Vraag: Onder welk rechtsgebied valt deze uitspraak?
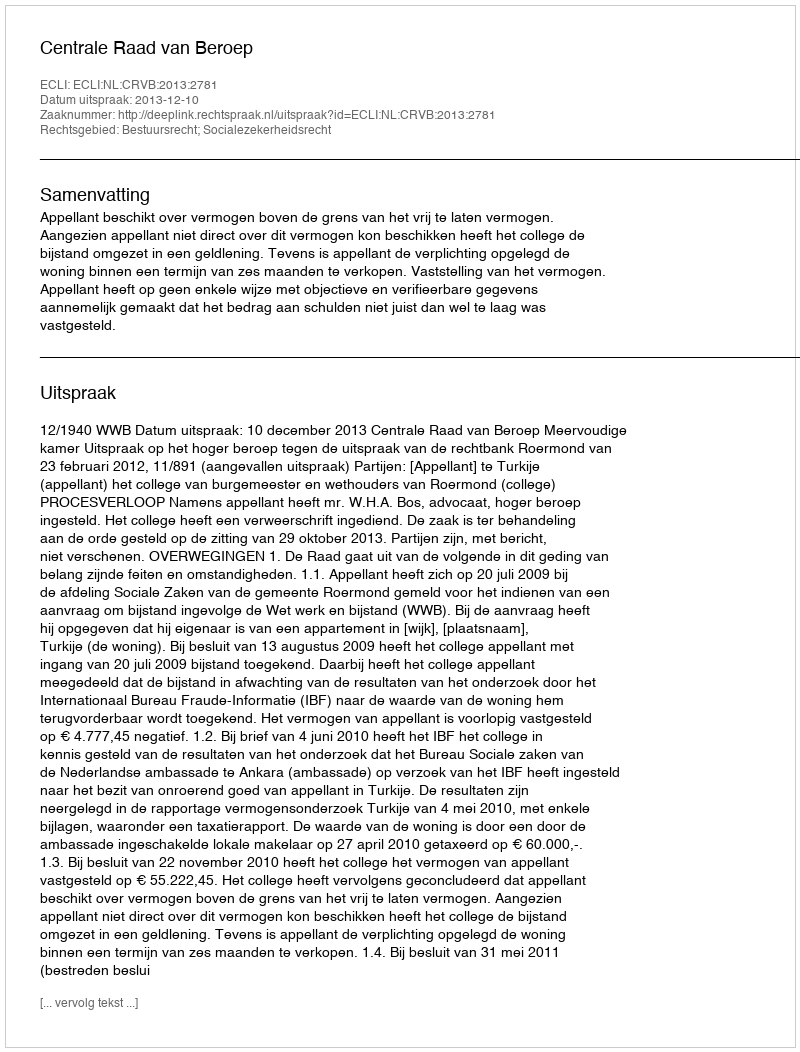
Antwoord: Bestuursrecht; Socialezekerheidsrecht